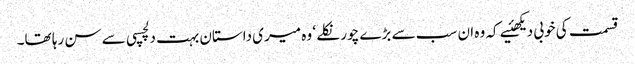
قسمت کی خوبی دیکھئیے کہ وہ ان سب سے بڑے چور نکلے ‘ وہ میری داستان بہت دلچسپی سے سن رہا تھا۔